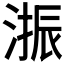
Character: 𱧳